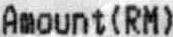
AMOUNT(RM)